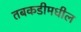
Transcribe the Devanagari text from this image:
तबकडीमधील